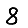
Digit: 8